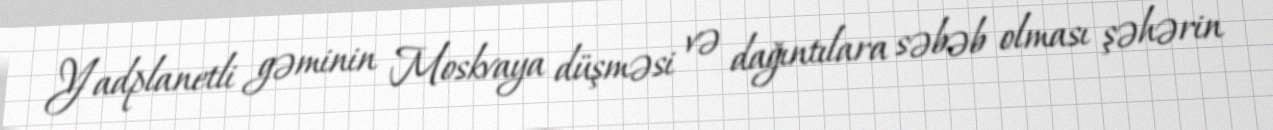
Yadplanetli gəminin Moskvaya düşməsi və dağıntılara səbəb olması şəhərin